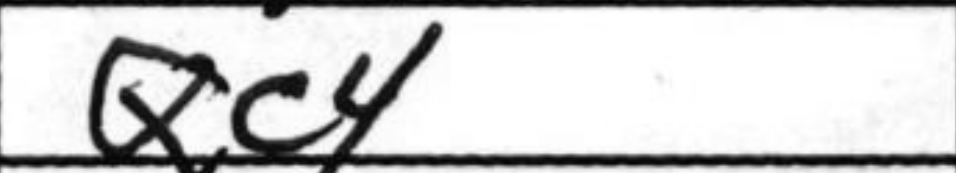
Transcription: Qc4